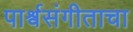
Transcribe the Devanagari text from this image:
पार्श्वसंगीताचा